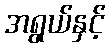
အရွယ်နှင့်